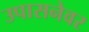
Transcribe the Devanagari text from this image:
उपासनेवर